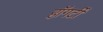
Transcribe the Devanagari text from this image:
हॉगर्टी